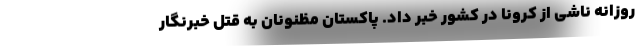
روزانه ناشی از کرونا در کشور خبر داد. پاکستان مظنونان به قتل خبرنگار